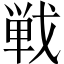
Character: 戦